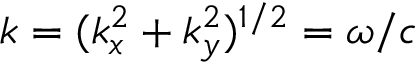
k = ( k _ { x } ^ { 2 } + k _ { y } ^ { 2 } ) ^ { 1 / 2 } = \omega / c